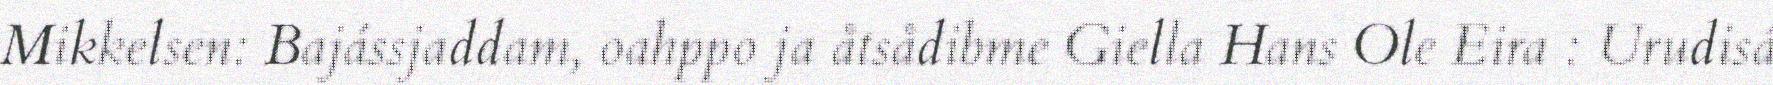
Mikkelsen: Bajássjaddam, oahppo ja åtsådibme Giella Hans Ole Eira : Urudisá